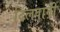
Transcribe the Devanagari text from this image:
दिलवानी